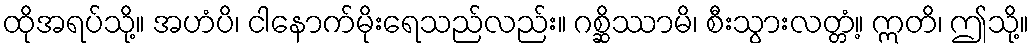
ထိုအရပ်သို့။ အဟံပိ၊ ငါနောက်မိုးရေသည်လည်း။ ဂစ္ဆိဿာမိ၊ စီးသွားလတ္တံ့။ ဣတိ၊ ဤသို့။